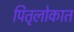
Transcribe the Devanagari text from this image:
पितृलोकात